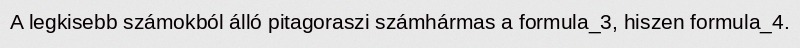
A legkisebb számokból álló pitagoraszi számhármas a formula_3, hiszen formula_4.